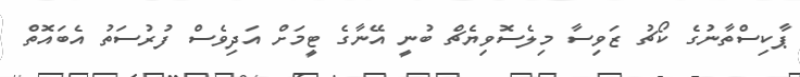
ޕާކިސްތާނުގެ ކޯޗު ޒަވިސާ މިލެސޮވިޔެޗް ބުނީ އޭނާގެ ޓީމަށް އަދިވެސް ފުރުސަތު އެބައޮތް